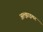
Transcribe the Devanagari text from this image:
अल्‍झाइमर